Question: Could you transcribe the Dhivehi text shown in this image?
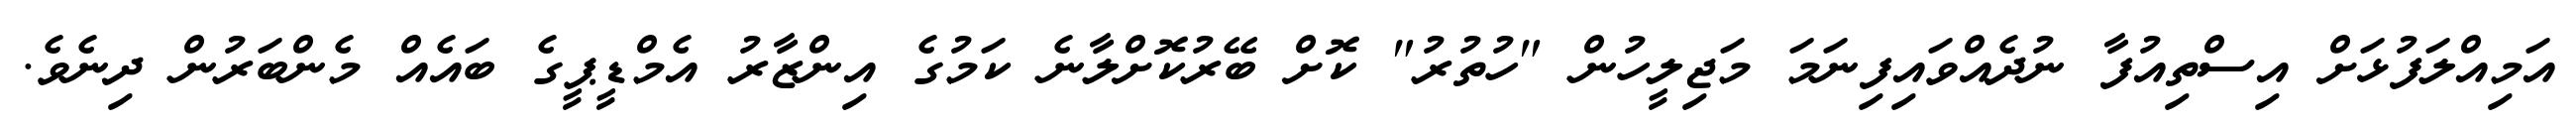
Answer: އަމިއްލަފުޅަށް އިސްތިއުފާ ނުދެއްވައިފިނަމަ މަޖިލީހުން "ހުތުރު" ކޮށް ބޭރުކޮށްލާނެ ކަމުގެ އިންޒާރު އެމްޑީޕީގެ ބައެއް މެންބަރުން ދިނެވެ.